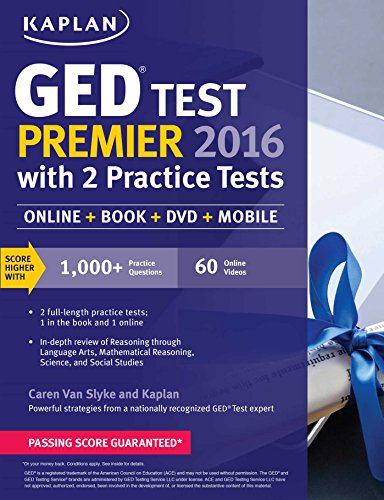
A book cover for Kaplan GED Test Premier 2016 with 2 Practice Tests: Online + Book + Videos + Mobile (Kaplan Test Prep); Caren Van Slyke; Test Preparation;